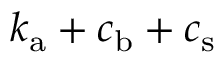
k _ { \mathrm { a } } + c _ { \mathrm { b } } + c _ { \mathrm { s } }